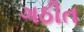
ગઠીત